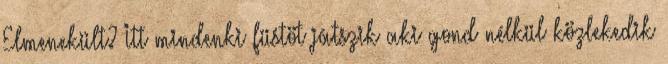
Elmenekült? Itt mindenki füstöt játszik aki gond nélkül közlekedik